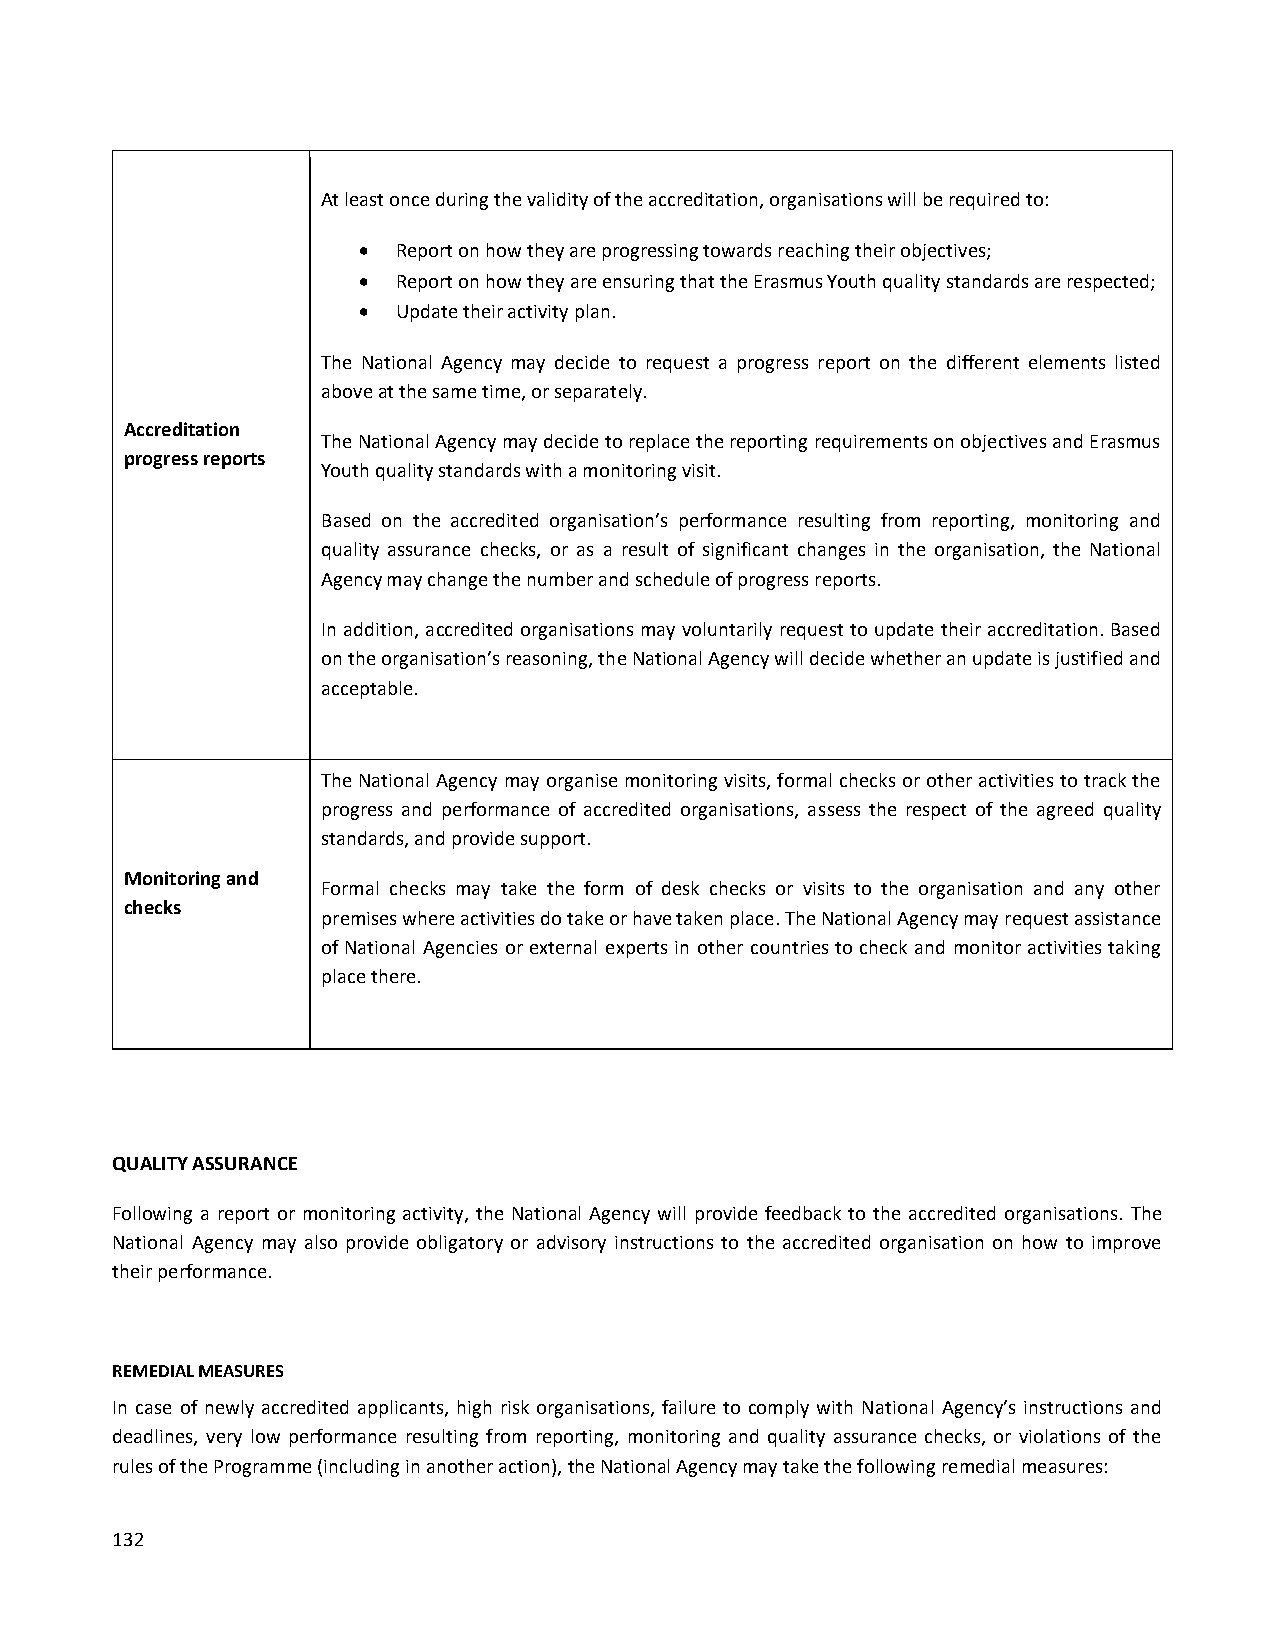
At least once during the validity of the accreditation, organisations will be required to:
  Report on how they are progressing towards reaching their objectives;
  Report on how they are ensuring that the Erasmus Youth quality standards are respected;
  Update their activity plan.
 The National Agency may decide to request a progress report on the different elements listed
 above at the same time, or separately.
 Accreditation
 The National Agency may decide to replace the reporting requirements on objectives and Erasmus
 progress reports
 Youth quality standards with a monitoring visit.
 Based on the accredited organisation’s performance resulting from reporting, monitoring and
 quality assurance checks, or as a result of significant changes in the organisation, the National
 Agency may change the number and schedule of progress reports.
 In addition, accredited organisations may voluntarily request to update their accreditation. Based
 on the organisation’s reasoning, the National Agency will decide whether an update is justified and
 acceptable.
 The National Agency may organise monitoring visits, formal checks or other activities to track the
 progress and performance of accredited organisations, assess the respect of the agreed quality
 standards, and provide support.
 Monitoring and
 Formal checks may take the form of desk checks or visits to the organisation and any other
 checks
 premises where activities do take or have taken place. The National Agency may request assistance
 of National Agencies or external experts in other countries to check and monitor activities taking
 place there.
 QUALITY ASSURANCE
 Following a report or monitoring activity, the National Agency will provide feedback to the accredited organisations. The
 National Agency may also provide obligatory or advisory instructions to the accredited organisation on how to improve
 their performance.
 REMEDIAL MEASURES
 In case of newly accredited applicants, high risk organisations, failure to comply with National Agency’s instructions and
 deadlines, very low performance resulting from reporting, monitoring and quality assurance checks, or violations of the
 rules of the Programme (including in another action), the National Agency may take the following remedial measures:
 132